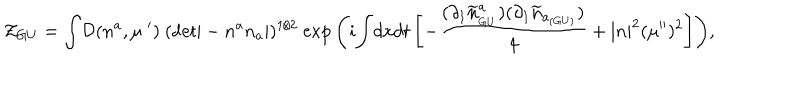
{ \cal Z } _ { G U } = { \displaystyle \int } { \cal D } ( n ^ { a } , \mu ^ { \; \prime } ) ~ ( { \sf d e t } | - n ^ { a } n _ { a } | ) ^ { 1 / 2 } ~ { \exp { \left( i { \displaystyle \int } d x d t \left[ - \frac { \displaystyle ( \partial _ { 1 } { \widetilde n } _ { _ { G U } } ^ { a } ) ( \partial _ { 1 } { \widetilde n } _ { a _ { ( G U ) } } ) } { \displaystyle 4 } + | n | ^ { 2 } ( \mu ^ { \prime \prime } ) ^ { 2 } \right] \right) } } ,